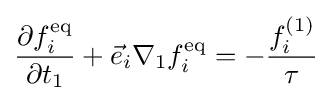
{\frac {\partial f_{i}^{\text{eq}}}{\partial t_{1}}}+{\vec {e}}_{i}\nabla _{1}f_{i}^{\text{eq}}=-{\frac {f_{i}^{(1)}}{\tau }}